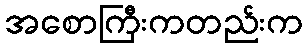
အစောကြီးကတည်းက